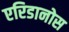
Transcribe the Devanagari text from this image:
एरिडानोस